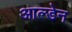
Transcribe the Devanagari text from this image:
आल्डेन